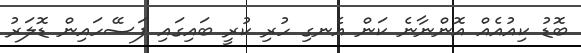
ބޮޑު ކިއުއެއް އޮންނާނެ ކަން އެނގި ހުރި ކުރީ ބައިގައި ފަސޭހައިން ޑޮލަރު